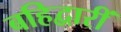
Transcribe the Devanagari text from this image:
बहिद्वारीं